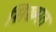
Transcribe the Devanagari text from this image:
सिख्मत